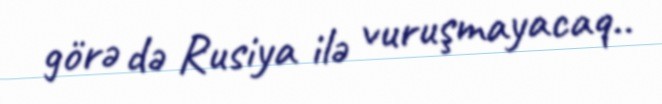
görə də Rusiya ilə vuruşmayacaq..